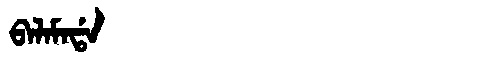
Manchu: ᠪᠠᠯᠠᠮᠠᡩᠠ
Romanization: BALAMADA